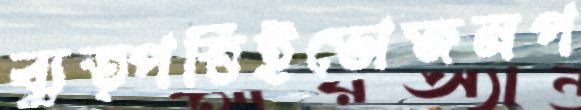
ব্যুত্পত্তিইভোজনপ